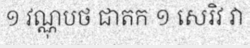
១ វណ្ណុបថ ជាតក ១ សេរិវ វា